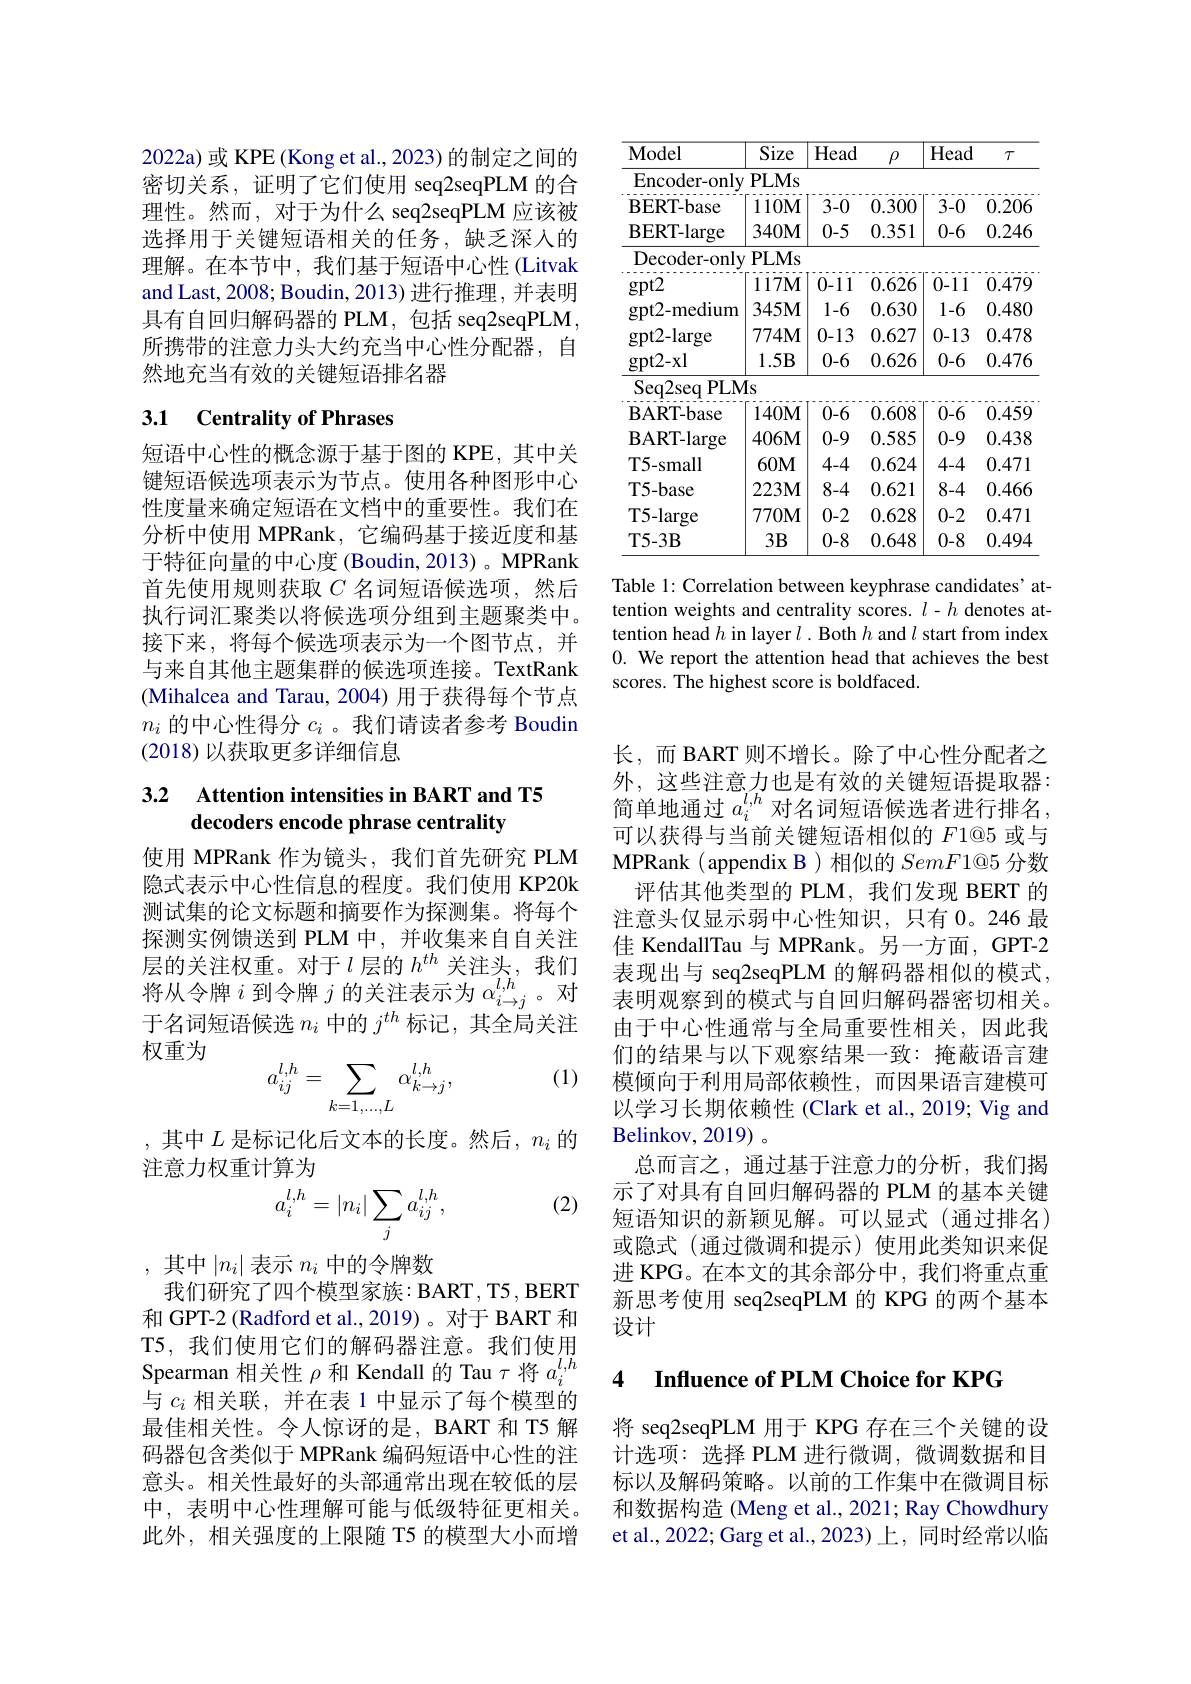
2022a) 或 KPE (Kong et al., 2023) 的制定之间的密切关系，证明了它们使用 seq2seqPLM 的合理性。然而，对于为什么 seq2seqPLM 应该被选择用于关键短语相关的任务，缺乏深入的理解。在本节中，我们基于短语中心性(Litvak and Last, 2008; Boudin, 2013) 进行推理，并表明具有自回归解码器的 PLM,包括 seq2seqPLM, 所携带的注意力头大约充当中心性分配器，自然地充当有效的关键短语排名器

## 3.1 Centrality of Phrases

短语中心性的概念源于基于图的 KPE,其中关键短语候选项表示为节点。使用各种图形中心性度量来确定短语在文档中的重要性。我们在分析中使用 MPRank, 它编码基于接近度和基于特征向量的中心度(Boudin,2013)。MPRank 首先使用规则获取$C$ 名词短语候选项，然后执行词汇聚类以将候选项分组到主题聚类中。接下来，将每个候选项表示为一个图节点，并与来自其他主题集群的候选项连接。TextRank (Mihalcea and Tarau, 2004) 用于获得每个节点$n_i$的中心性得分$c_i$ 。我们请读者参考 Boudin (2018)以获取更多详细信息

### 3.2 Attention intensities in BART and T5 decoders encode phrase centrality

使用 MPRank 作为镜头，我们首先研究 PLM 隐式表示中心性信息的程度。我们使用 KP20k 测试集的论文标题和摘要作为探测集。将每个探测实例馈送到 PLM 中，并收集来自自关注层的关注权重。对于$l$层的$h^th$关注头，我们将从令牌$i$到令牌$j$的关注表示为$\alpha_i\to j^{l,h}$。对于名词短语候选$n_i$中的$j^th$标记，其全局关注权重为

(1)
$$a_{ij}^{l,h}=\sum_{k=1,\dots,L}\alpha_{k\rightarrow j}^{l,h},$$
,其中$L$是标记化后文本的长度。然后$,n_i$的
注意力权重计算为
$$a_i^{l,h}=|n_i|\sum_ja_{ij}^{l,h},$$
(2)

其中$|n_i|$表示$n_i$中的令牌数
我们研究了四个模型家族：BART, T5, BERT

和 GPT-2 (Radford et al., 2019)。对于 BART 和T5,我们使用它们的解码器注意。我们使用与$c_i$相关联，并在表 1 中显示了每个模型的最佳相关性。令人惊讶的是，BART 和 T5 解码器包含类似于 MPRank 编码短语中心性的注意头。相关性最好的头部通常出现在较低的层中，表明中心性理解可能与低级特征更相关。此外，相关强度的上限随 T5 的模型大小而增

<table>
	<tbody>
		<tr>
			<th>Model</th>
			<th>Size</th>
			<th>Head</th>
			<th>$\rho$</th>
			<th>Head</th>
			<th>$T$</th>
		</tr>
		<tr>
			<td>Encoder- only</td>
			<td>PLMs</td>
			<td> </td>
			<td> </td>
			<td> </td>
			<td> </td>
		</tr>
		<tr>
			<td>BERT- base</td>
			<td>$110\mathbf{M}$</td>
			<td>3-0</td>
			<td>0.300</td>
			<td>3-0</td>
			<td>0.206</td>
		</tr>
		<tr>
			<td>BERT- large</td>
			<td>$340M$</td>
			<td>0-5</td>
			<td>0.351</td>
			<td>0-6</td>
			<td>0.246</td>
		</tr>
		<tr>
			<td>Decoder- only</td>
			<td>PLMs</td>
			<td> </td>
			<td> </td>
			<td> </td>
			<td> </td>
		</tr>
		<tr>
			<td>gpt2</td>
			<td>$117\mathbf{M}$</td>
			<td>0-11</td>
			<td>0.626</td>
			<td>0-11</td>
			<td>0.479</td>
		</tr>
		<tr>
			<td>gpt2- medium</td>
			<td>$345M$</td>
			<td>1-6</td>
			<td>0.630</td>
			<td>1-6</td>
			<td>0.480</td>
		</tr>
		<tr>
			<td>gpt2- large</td>
			<td>$774\mathbf{M}$</td>
			<td>0-13</td>
			<td>0.627</td>
			<td>0-13</td>
			<td>0.478</td>
		</tr>
		<tr>
			<td>gpt2- xl</td>
			<td>$1.5B$</td>
			<td>0-6</td>
			<td>0.626</td>
			<td>0-6</td>
			<td>0.476</td>
		</tr>
		<tr>
			<td>Seq2seq $PLN$</td>
			<td>$Is$</td>
			<td> </td>
			<td> </td>
			<td> </td>
			<td> </td>
		</tr>
		<tr>
			<td>BART- base</td>
			<td>$140M$</td>
			<td>0-6</td>
			<td>0.608</td>
			<td>0-6</td>
			<td>0.459</td>
		</tr>
		<tr>
			<td>BART- large</td>
			<td>$406M$</td>
			<td>0-9</td>
			<td>0.585</td>
			<td>0-9</td>
			<td>0.438</td>
		</tr>
		<tr>
			<td>T5-small</td>
			<td>$60M$</td>
			<td>4-4</td>
			<td>0.624</td>
			<td>4-4</td>
			<td>0.471</td>
		</tr>
		<tr>
			<td>T5-base</td>
			<td>$223\mathbf{M}$</td>
			<td>8-4</td>
			<td>0.621</td>
			<td>8-4</td>
			<td>0.466</td>
		</tr>
		<tr>
			<td>T5-large</td>
			<td>$770\mathbf{M}$</td>
			<td>0-2</td>
			<td>0.628</td>
			<td>0-2</td>
			<td>0.471</td>
		</tr>
		<tr>
			<td>T5- 3B</td>
			<td>$3B$</td>
			<td>0-8</td>
			<td>0.648</td>
			<td>0-8</td>
			<td>0.494</td>
		</tr>
	</tbody>
</table>

Table 1: Correlation between keyphrase candidates' attention weights and centrality scores. $l-h$ denotes attention head $h$ in layer $l.$ Both $h$ and $l$ start from index 0. We report the attention head that achieves the best scores. The highest score is boldfaced.

长，而 BART 则不增长。除了中心性分配者之外，这些注意力也是有效的关键短语提取器： 简单地通过$a_i^{l,h}$对名词短语候选者进行排名， 可以获得与当前关键短语相似的 F1@5 或与MPRank ( appendix B ) 相似的$SemF1@5$分数
评估其他类型的 PLM, 我们发现 BERT 的注意头仅显示弱中心性知识，只有 0。246 最佳 KendallTau 与 MPRank。另一方面，GPT-2表现出与 seq2seqPLM 的解码器相似的模式， 表明观察到的模式与自回归解码器密切相关。由于中心性通常与全局重要性相关，因此我们的结果与以下观察结果一致：掩蔽语言建模倾向于利用局部依赖性，而因果语言建模可以学习长期依赖性 (Clark et al., 2019; Vig and Belinkov, 2019
总而言之，通过基于注意力的分析，我们揭示了对具有自回归解码器的 PLM 的基本关键短语知识的新颖见解。可以显式(通过排名) 或隐式(通过微调和提示)使用此类知识来促进 KPG。在本文的其余部分中，我们将重点重新思考使用 seq2seqPLM 的 KPG 的两个基本设计

# Spearman 相 关 性 $\rho$ 和 Kendall 的 Tau $\tau$ 将 $a_i^{l, h}$ 4 $\textbf{Influence of PLM Choice for KPG}$ $\text{与 }_{e\text{ 相 关 联 并 在 }}$ 并 在 丰 $1\text{ 中 目 示 了 后 }_{\text{合 横 刑 的 }}$ 4 $\textbf{Influence of PLM Choice for KPG}$ $\text{与 }_{e\text{ 相 关 联 并 在 }}$ 并 在 $= 1\text{ 中 目 示 了 后 }_{\text{个 横 开 的 }}$ 4 $\textbf{Influence of PLM Choice for KPG}$

将 seq2seqPLM 用于 KPG 存在三个关键的设计选项：选择 PLM 进行微调，微调数据和目标以及解码策略。以前的工作集中在微调目标和数据构造 (Meng et al., 2021; Ray Chowdhury et al., 2022; Garg et al., 2023) 上，同时经常以临